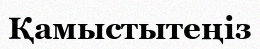
Қамыстытеңіз